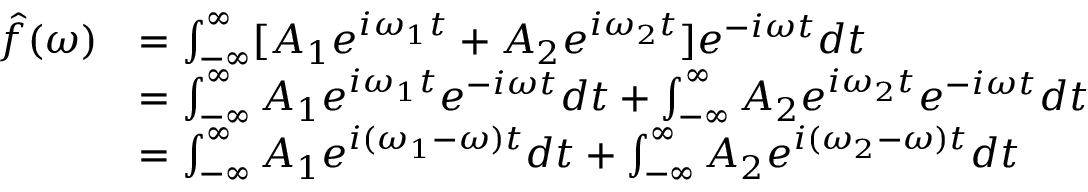
{ \begin{array} { r l } { { \hat { f } } ( \omega ) } & { = \int _ { - \infty } ^ { \infty } [ A _ { 1 } e ^ { i \omega _ { 1 } t } + A _ { 2 } e ^ { i \omega _ { 2 } t } ] e ^ { - i \omega t } d t } \\ & { = \int _ { - \infty } ^ { \infty } A _ { 1 } e ^ { i \omega _ { 1 } t } e ^ { - i \omega t } d t + \int _ { - \infty } ^ { \infty } A _ { 2 } e ^ { i \omega _ { 2 } t } e ^ { - i \omega t } d t } \\ & { = \int _ { - \infty } ^ { \infty } A _ { 1 } e ^ { i ( \omega _ { 1 } - \omega ) t } d t + \int _ { - \infty } ^ { \infty } A _ { 2 } e ^ { i ( \omega _ { 2 } - \omega ) t } d t } \end{array} }